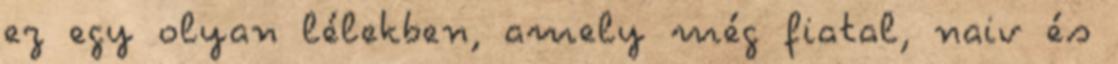
ez egy olyan lélekben, amely még fiatal, naiv és